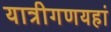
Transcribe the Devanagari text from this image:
यात्रीगणयहां